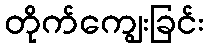
တိုက်ကျွေးခြင်း